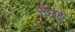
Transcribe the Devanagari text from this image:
रीछई